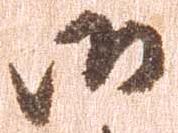
御